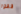
قفوا